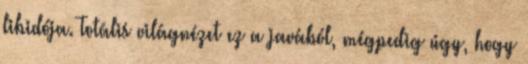
libidója. Totális világnézet ez a javából, mégpedig úgy, hogy